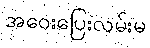
အဝေးပြေးလမ်းမ